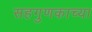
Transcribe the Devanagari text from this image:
सहगुणकाच्या